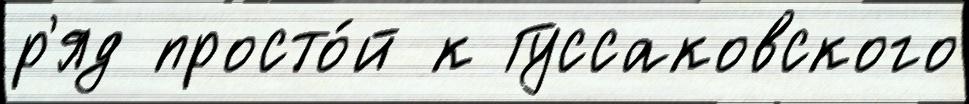
р'яд просто́й к Гуссаковского